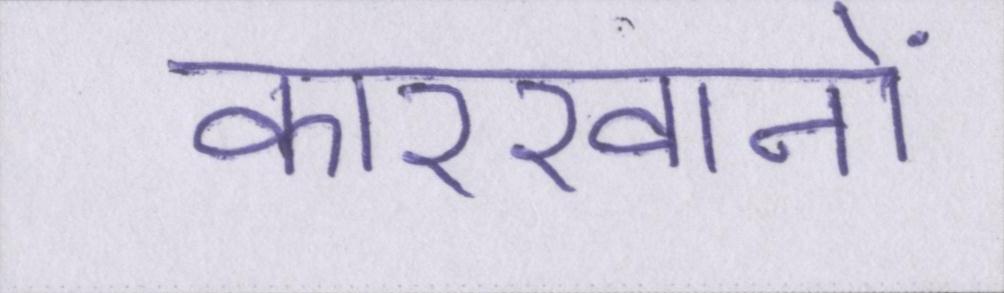
कारखानों